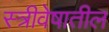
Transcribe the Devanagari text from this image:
स्त्रीवेषातील